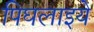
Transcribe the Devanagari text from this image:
पिघलाइये